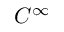
C ^ { \infty }